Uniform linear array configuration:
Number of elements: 16
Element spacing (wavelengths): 1
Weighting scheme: exponential
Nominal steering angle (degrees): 30
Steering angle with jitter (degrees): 31.108
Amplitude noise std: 0.05
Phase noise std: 0.05

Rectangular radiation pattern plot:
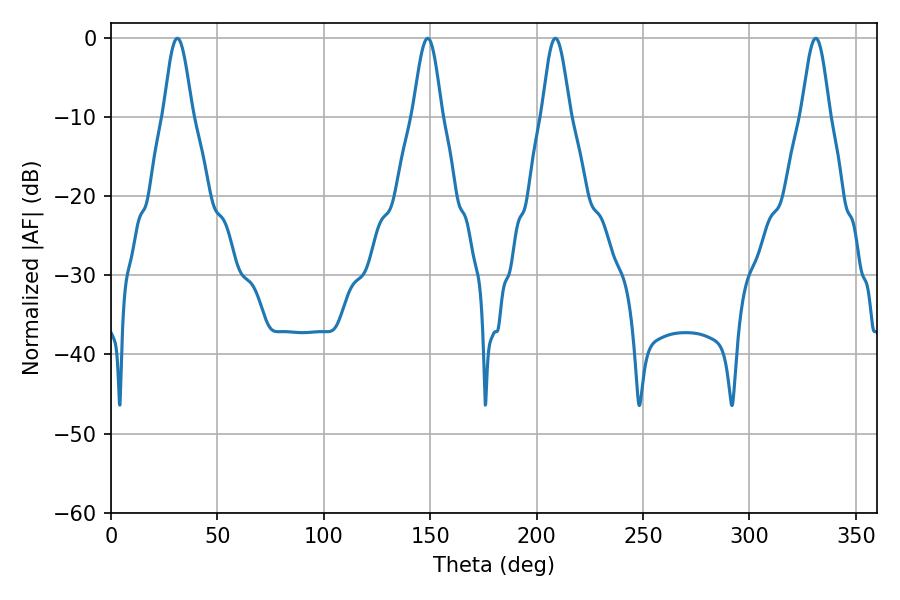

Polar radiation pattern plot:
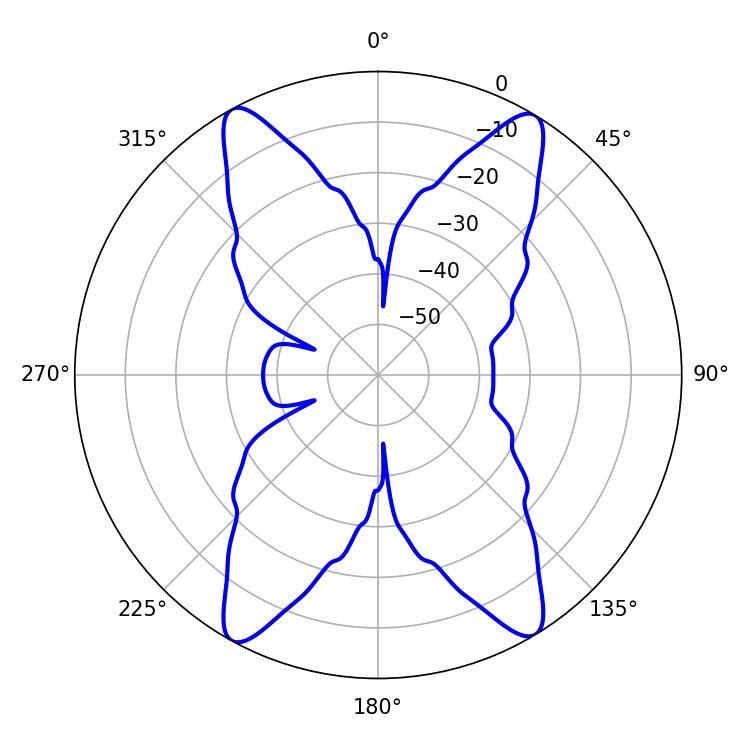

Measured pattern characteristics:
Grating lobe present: TRUE
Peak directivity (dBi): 21.54
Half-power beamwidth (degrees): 7.02
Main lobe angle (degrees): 208.8